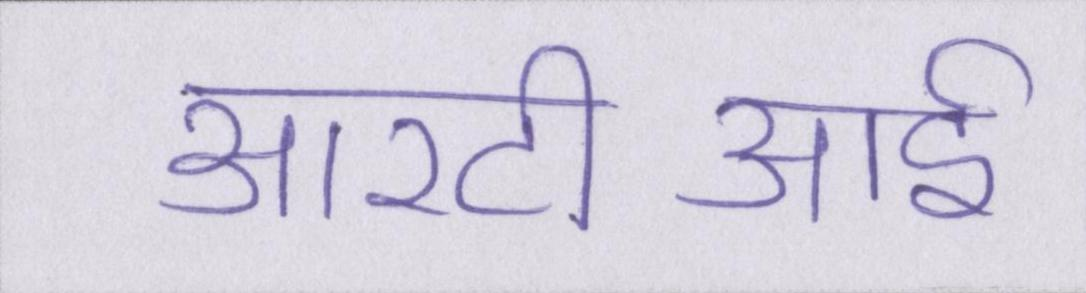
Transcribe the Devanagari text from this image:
आरटीआई